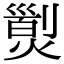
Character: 𤎁